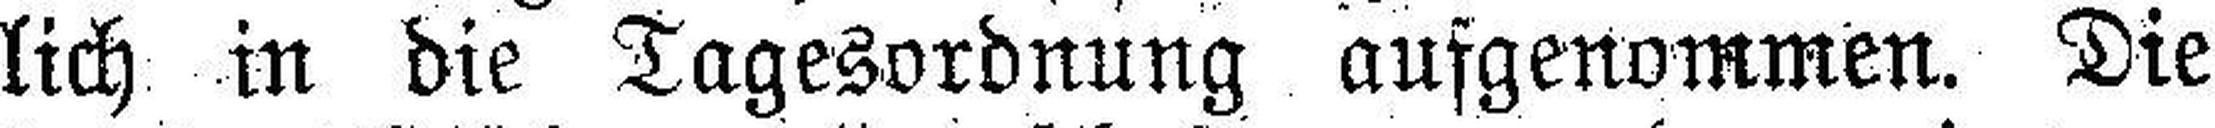
lich in die Tagesordnung ausgenommen. Die